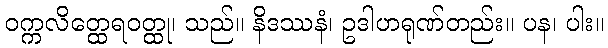
ဝက္ကလိတ္ထေရဝတ္ထု၊ သည်။ နိဒဿနံ၊ ဥဒါဟရုဏ်တည်း။ ပန၊ ပါး။